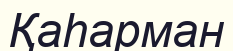
Қаһарман